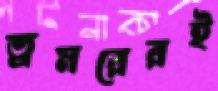
ভ্রমরেরই